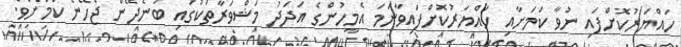
ހައްޔަރުކޮށްފައި ނުވާ ކަމަށާއި ހައްޔަރުކޮށްފައިވާނަމަ އެމީހުންގެ އަދަދު މަޝްވަރާތަކުގައި ބުނެދޭން ޖެހޭނެ ކަމަށެވެ.